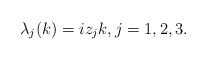
\begin{align*}\lambda_j(k)=iz_jk,j=1,2,3.\end{align*}